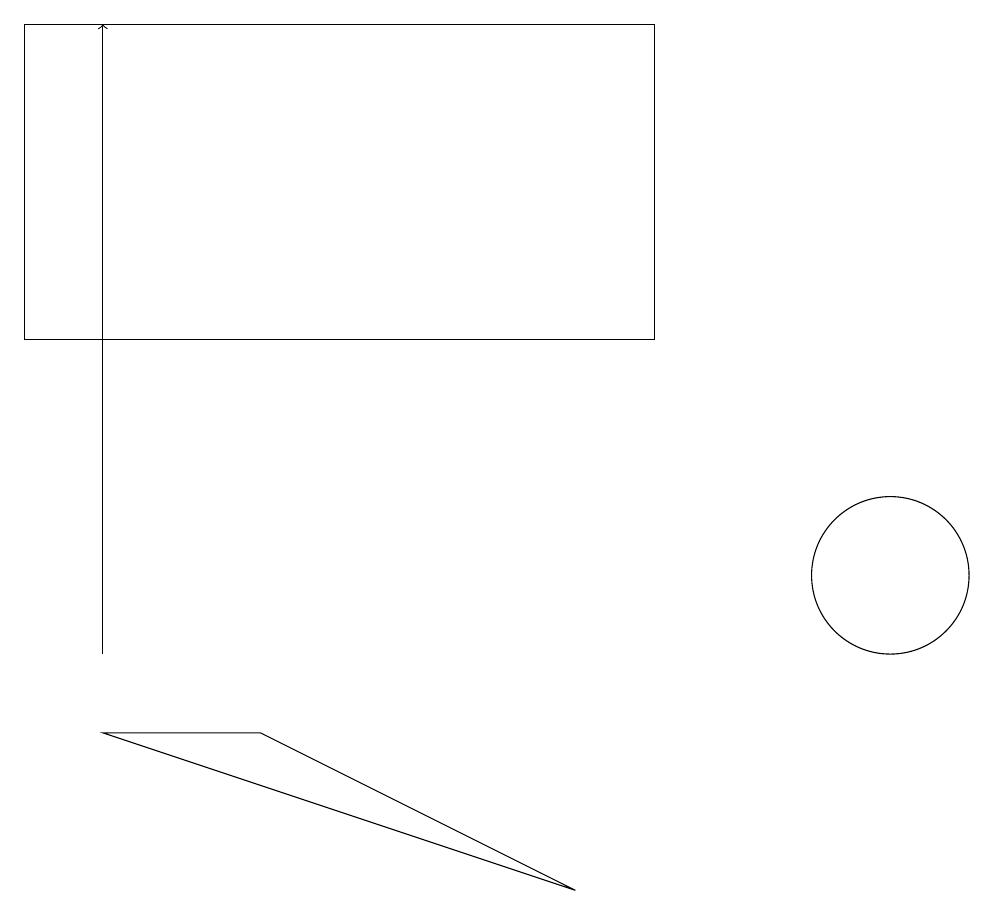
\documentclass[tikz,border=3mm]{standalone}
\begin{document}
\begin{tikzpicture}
\draw (11,11) circle (1);
\draw (3,9) -- (7,7) -- (1,9) -- cycle;
\draw (0,14) rectangle (8,18);
\draw[->] (1,10) -- (1,18);
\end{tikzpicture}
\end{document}